Civil Veterinary Dept. Assam report 1911-1927 - 1911-1927
Year: 1911
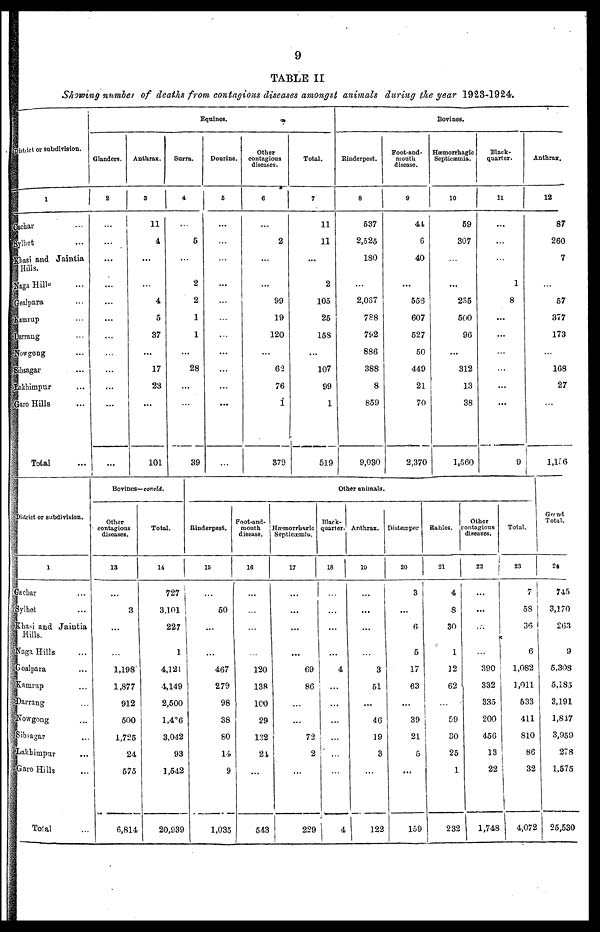
9
TABLE II
Showing number of deaths from contagious diseases amongst animals during the year 1923-1924.
District or subdivision.
1
Cachar ...
Sylhet ...
Khasi and Jaintia
Hills.
Naga Hills ...
Goalpara ...
Kamrup ...
Darrang ...
Nowgong ...
Sibsagar ...
Lakhimpur ...
Garo Hills ...
Total ...
Equines.
Glanders.
2
...
...
...
...
...
...
...
...
...
...
...
...
Anthrax.
3
11
4
...
...
4
5
37
...
17
23
...
101
Surra.
4
...
5
...
2
2
1
1
...
28
...
...
39
Dourine.
5
...
...
...
...
...
...
...
...
...
...
...
...
Other
contagious
diseases.
6
...
2
...
...
99
19
120
...
62
76
1
379
Total.
7
11
11
...
2
105
25
158
...
107
99
1
519
Bovines.
Rinderpest.
8
537
2,525
180
...
2,067
788
792
886
388
8
859
9,030
Foot-and-
mouth
disease.
9
41
6
40
...
558
607
527
50
449
21
70
2,370
Hæmorrhagic
Septicæmia.
10
59
307
...
...
235
500
96
...
312
13
38
1,560
Black-
quarter.
11
...
...
...
1
8
...
...
...
...
...
...
9
Anthrax.
12
87
260
7
...
57
377
173
...
168
27
...
1,156
District or subdivision.
1
Gachar ...
Sylhet ...
Khasi and Jaintia
Hills.
Naga Hills ...
Goalpara ...
Kamrup ...
Darrang ...
Nowgong ...
Sibsagar ...
Lakhimpur ...
Garo Hills ...
Total ...
Bovines—concld.
Other
contagious
diseases.
13
...
3
...
...
1,198
1,877
912
500
1,725
24
575
6,814
Total.
14
727
3,101
227
1
4,121
4,149
2,500
1,426
3,042
93
1,542
20,939
Other animals.
Rinderpest.
15
...
50
...
...
467
279
98
38
80
14
9
1,035
Foot-and-
mouth
disease.
16
...
...
...
...
120
138
100
29
132
21
...
543
Hæmorrhagic
Septicæmia.
17
...
...
...
...
69
86
...
...
72
2
...
229
Black-
quarter.
18
...
...
...
...
4
...
...
...
...
...
...
4
Anthrax.
19
...
...
...
...
3
51
...
46
19
3
...
122
Distemper
20
3
...
6
5
17
63
...
39
21
5
...
159
Babies.
21
4
8
30
1
12
62
...
59
30
25
1
232
Other
contagious
diseases.
22
...
...
...
...
390
332
335
200
456
13
22
1,748
Total.
23
7
58
36
6
1,082
1,011
533
411
810
86
32
4,072
Grand
Total.
24
745
3,170
263
9
5,308
5,185
3,191
1,847
3,959
278
1,575
25,530